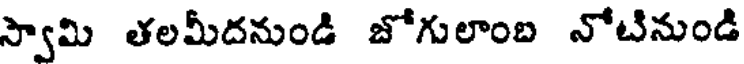
స్వామి తలమీదనుండి జోగులాంబ నోటినుండి